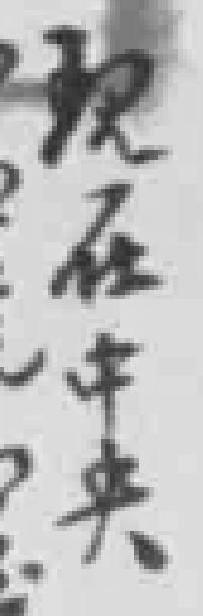
现在中央